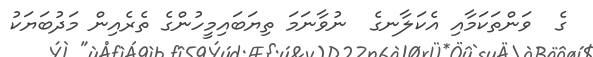
ގެ  ވަންތަކަމާއި އެކަލާނގެ  ނުވާނަމަ ތިޔަބައިމީހުންގެ ތެރެއިން މަދުބަޔަކު